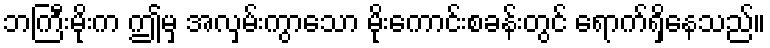
ဘကြီးမိုးက ဤမှ အလှမ်းကွာသော မိုးကောင်းစခန်းတွင် ရောက်ရှိနေသည်။